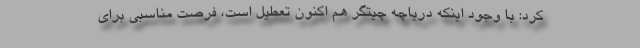
کرد: با وجود اینکه دریاچه چیتگر هم اکنون تعطیل است، فرصت مناسبی برای